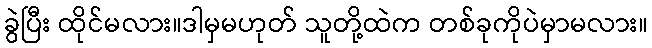
ခွဲပြီး ထိုင်မလား။ဒါမှမဟုတ် သူတို့ထဲက တစ်ခုကိုပဲမှာမလား။